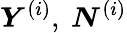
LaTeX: \boldsymbol{Y}^{(i)},~\boldsymbol{N}^{(i)}